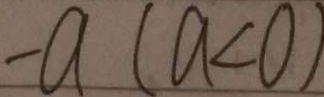
- a ( a < 0 )